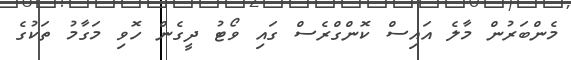
މެންބަރުން މާލެ އައިސް ކޮންގްރެސް ގައި ވޯޓު ދީގެން ހޮވި މަގާމު ތަކުގެ